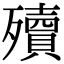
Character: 殰